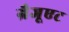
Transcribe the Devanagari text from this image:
ग्रैजूएट